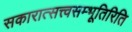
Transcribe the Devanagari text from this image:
सकारात्सत्त्वसम्भूतिरिति